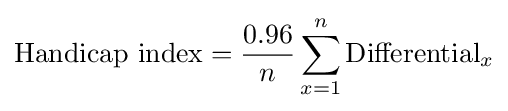
{\mbox{Handicap index}}={\frac {0.96}{n}}\sum _{x=1}^{n}{\mbox{Differential}}_{x}